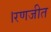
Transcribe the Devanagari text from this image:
।रणजीत